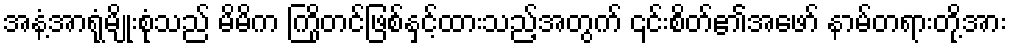
အနံ့အာရုံမျိုးစုံသည် မိမိက ကြိုတင်ဖြစ်နှင့်ထားသည့်အတွက် ၎င်းစိတ်၏အဖော် နာမ်တရားတို့အား